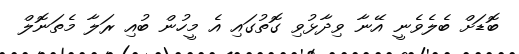
ބޮޑަށް ބެލެވެނީ އޭނާ ވިދާޅުވި ގޮތުގައި އެ މީހުން ބުއި ރަލާ މެތަނޮލް